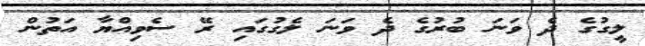
ލީގުގެ ދެ ވަނަ ބުރުގެ ދެ ވަނަ ލެގުގައި ރޭ ސެވިއްޔާ އަތުން